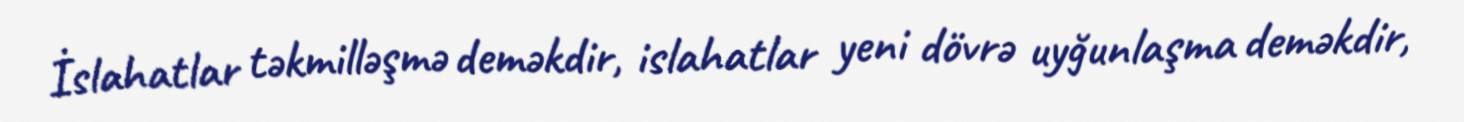
İslahatlar təkmilləşmə deməkdir, islahatlar yeni dövrə uyğunlaşma deməkdir,